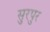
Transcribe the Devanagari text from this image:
सुरपुर